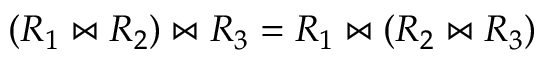
( R _ { 1 } \bowtie R _ { 2 } ) \bowtie R _ { 3 } = R _ { 1 } \bowtie ( R _ { 2 } \bowtie R _ { 3 } )